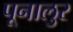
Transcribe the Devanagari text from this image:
पूनालुर